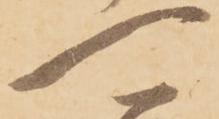
可